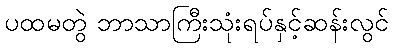
ပထမတွဲ ဘာသာကြီးသုံးရပ်နှင့်ဆန်းလွင်